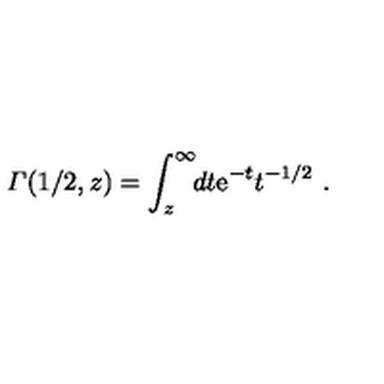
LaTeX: { \mit \Gamma } ( 1 / 2 , z ) = \int _ { z } ^ { \infty } \! \! d t { \mathrm e } ^ { - t } t ^ { - 1 / 2 } \ .